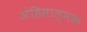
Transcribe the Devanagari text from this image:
अंहिसात्मक